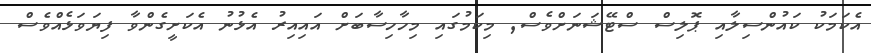
އެކަމަކު ކައުންސިލާއި ޕޮލިސް ސްޓޭޝަނަށްވެސް